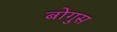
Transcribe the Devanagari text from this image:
बोगुस